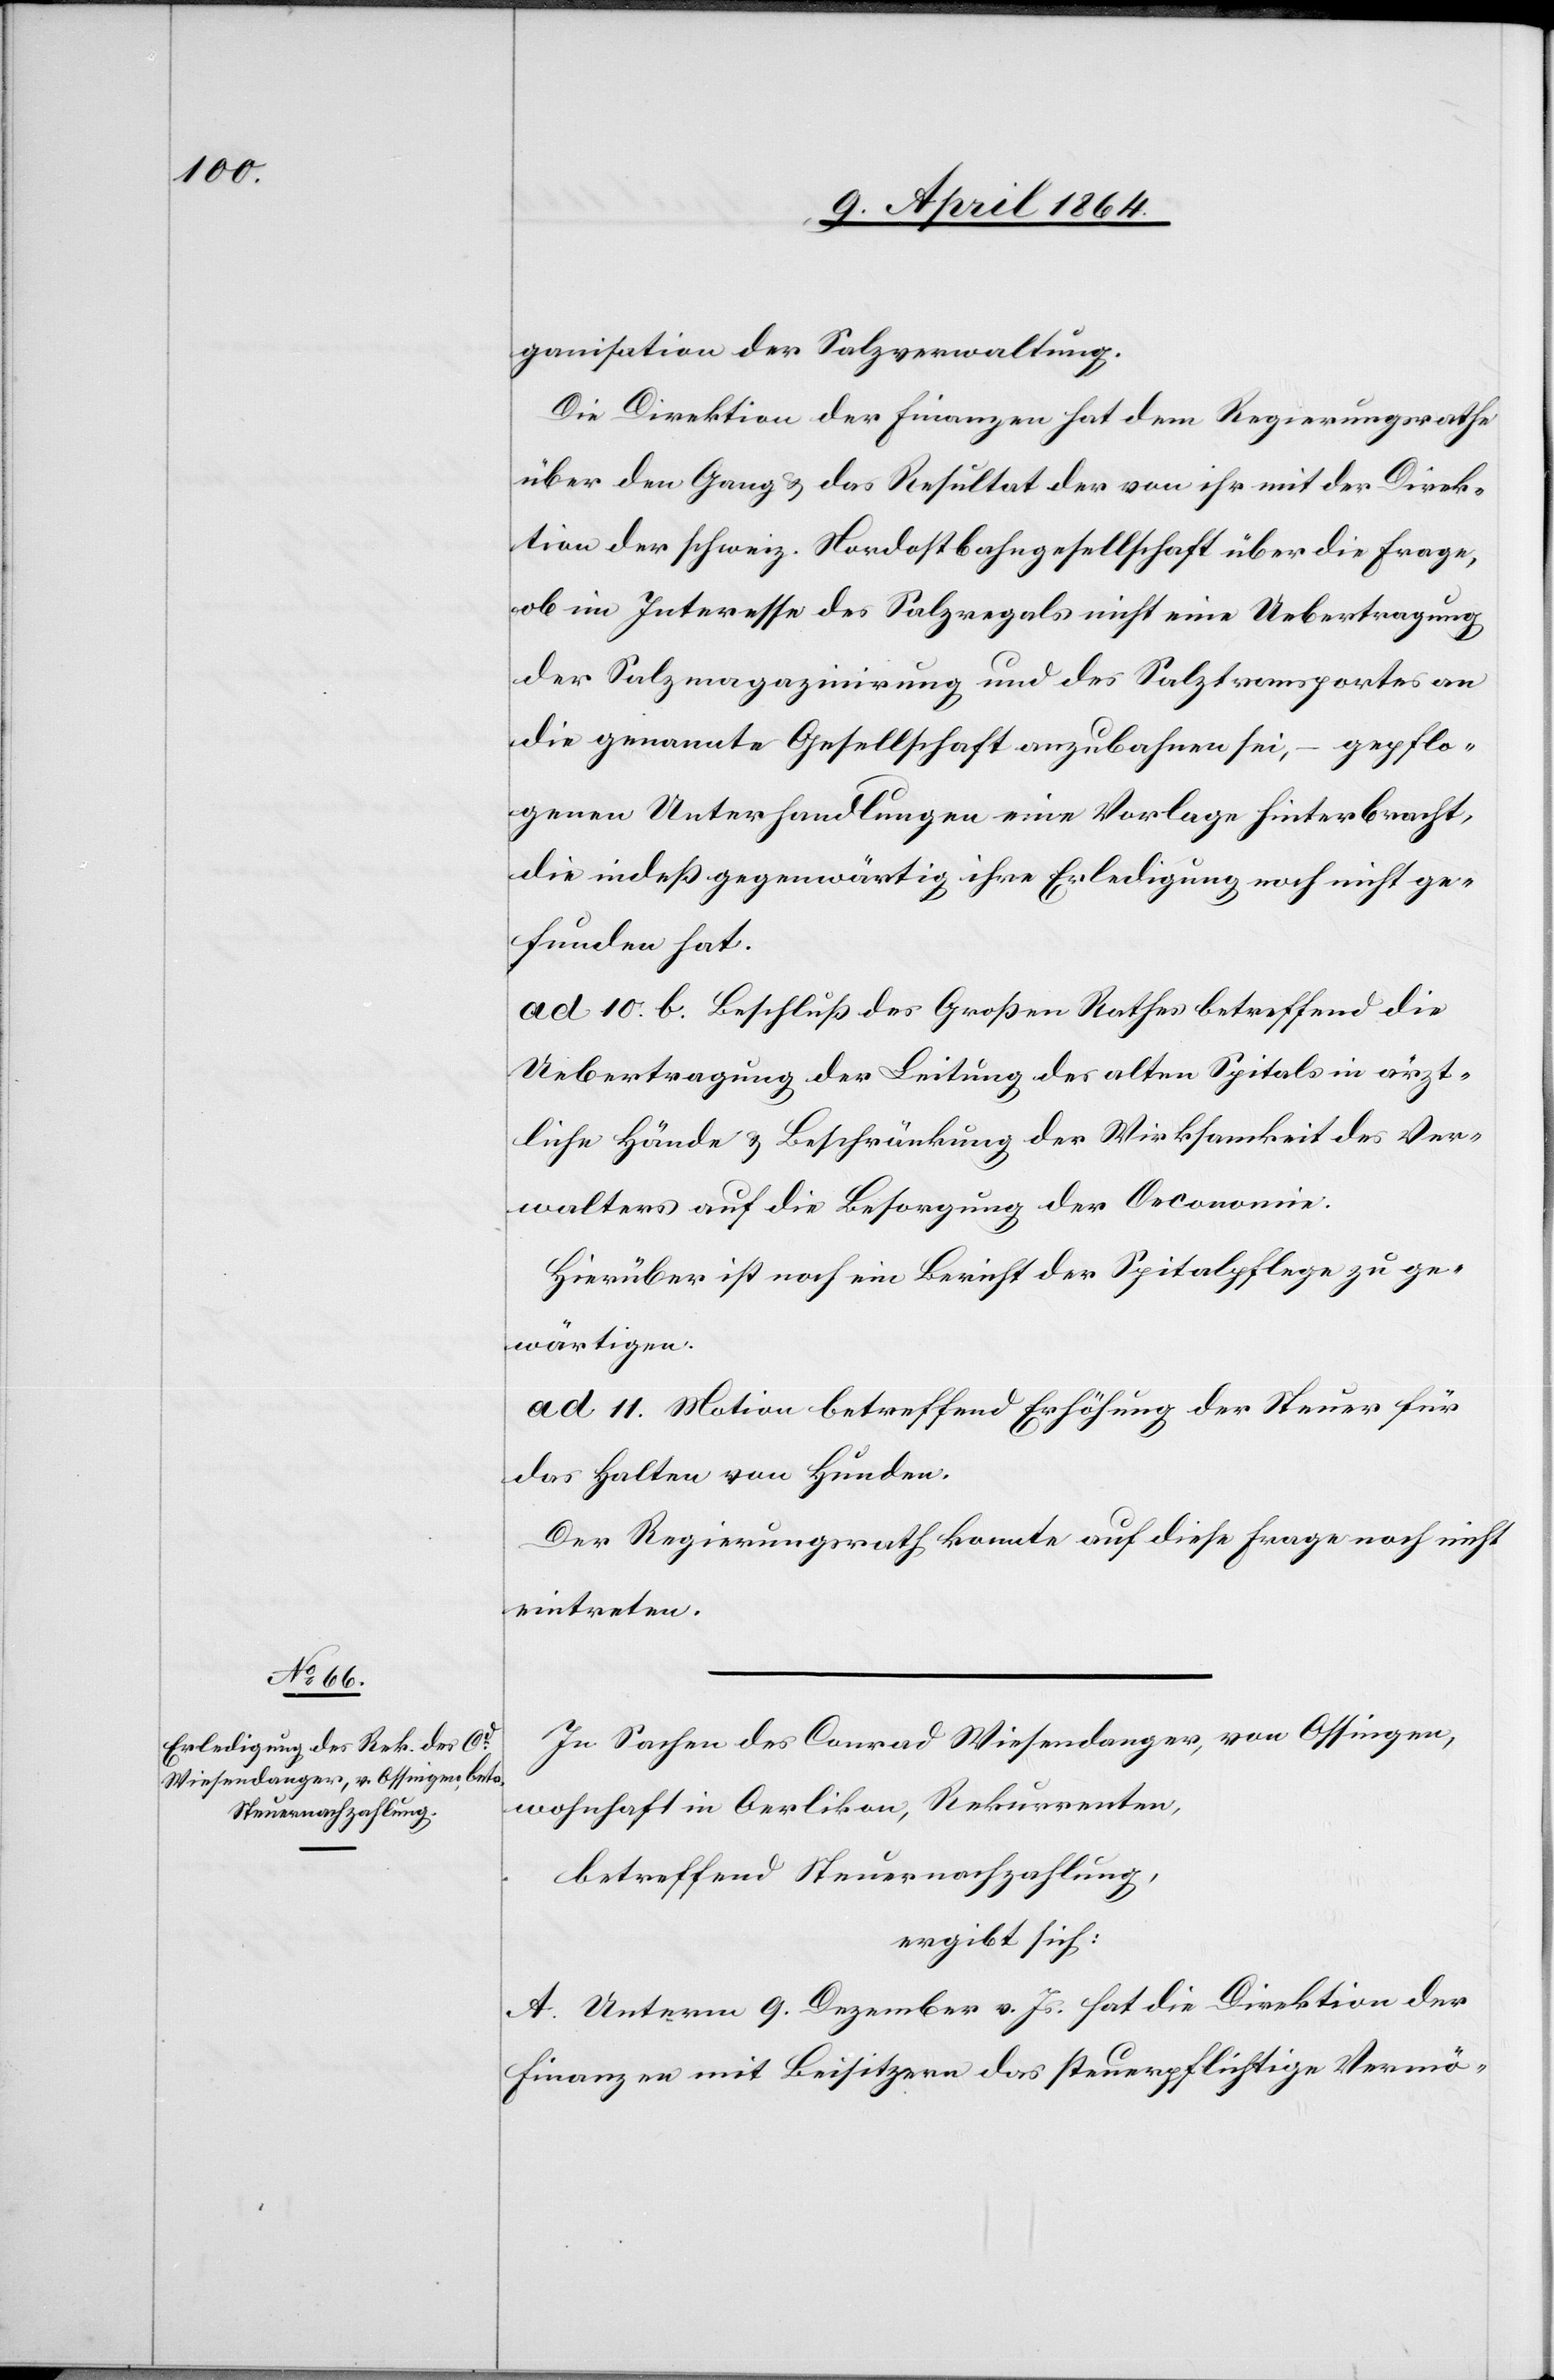
ganisation der Salzverwaltung.
Die Direktion der Finanzen hat dem Regierungsrathe
über den Gang u. das Resultat der von ihr mit der Direk¬
tion der schweiz. Nordostbahngesellschaft über die Frage,
ob im Interesse des Salzregals nicht eine Uebertragung
der Salzmagazinirung und des Salztransportes an
die genannte Gesellschaft anzubahnen sei, – gepflo¬
genen Unterhandlungen eine Vorlage hinterbracht,
die indeß gegenwärtig ihre Erledigung noch nicht ge¬
funden hat.
ad 10. b. Beschluß des Großen Rathes betreffend die
Uebertragung der Leitung des alten Spitals in ärzt¬
liche Hände u. Beschränkung der Wirksamkeit des Ver¬
walters auf die Besorgung der Oeconomie.
Hierüber ist noch ein Bericht der Spitalpflege zu ge¬
wärtigen.
ad 11. Motion betreffend Erhöhung der Steuer für
das Halten von Hunden.
Der Regierungsrath konnte auf diese Frage noch nicht
eintreten.
In Sachen des Conrad Wiesendanger, von Ossingen,
wohnhaft in Oerlikon, Rekurrenten,
betreffend Steuernachzahlung,
ergibt sich:
A. Unterm 9. Dezember v. Js. hat die Direktion der
Finanzen mit Beisitzern das steuerpflichtige Vermö-